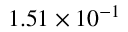
1 . 5 1 \times 1 0 ^ { - 1 }